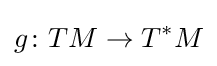
g\colon TM\to T^{*}M